EELK_Kaarma_kogudus, lk 15
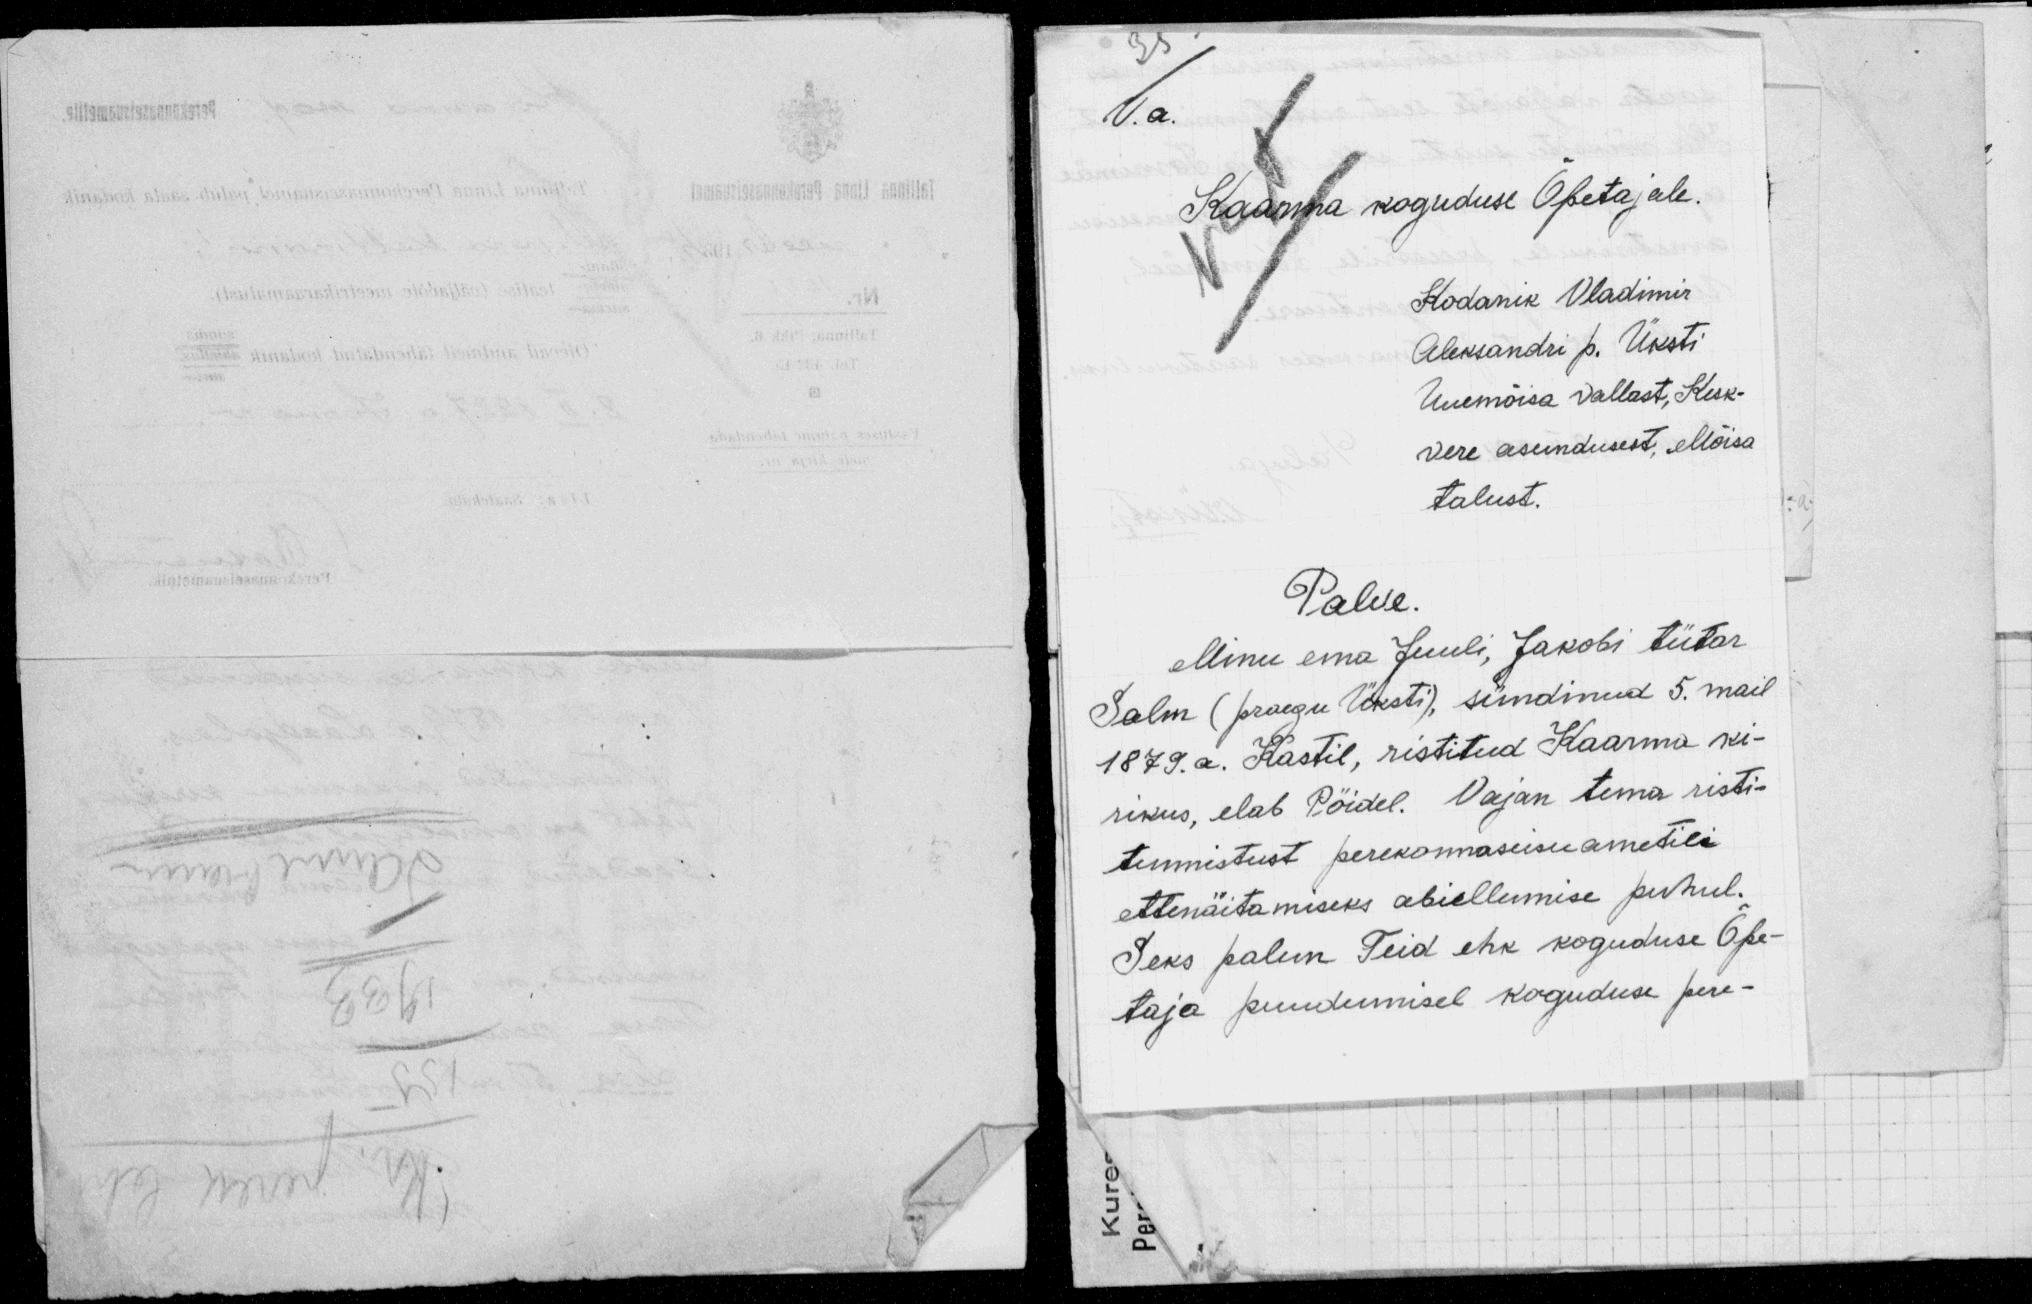
V.a.
Kaarma koguduse Õpetajale.
Kodanik Vladimir
Aleksandri p. Üksti
Uuemõisa vallast, Kesk-
vere asundusest, Mõisa
talust.
Palve.
Minu ema Juuli, Jakobi tütar
Salm (praegu Üksti), sündinud 5. mail
1879. a. Kastil, ristitud Kaarma ki-
rikus, elab Pöidel. Vajan tema risti-
tunnistust perekonnaseisu ametile
ettenäitamiseks abieliumise puhul.
Seks palun Teid ehk koguduse Õpe-
taja puudumisel koguduse pere-